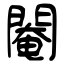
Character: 閹